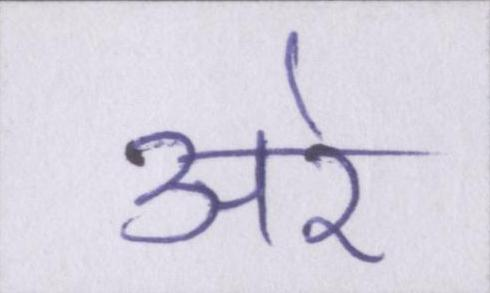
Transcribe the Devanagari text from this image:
अरे